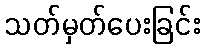
သတ်မှတ်ပေးခြင်း